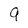
Character: 9